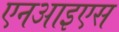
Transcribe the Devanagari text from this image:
एनआइएस